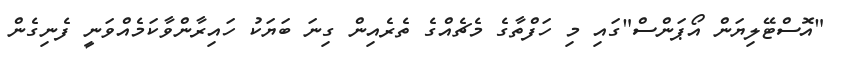
"އޮސްޓޭލިޔަން އޯޕަންސް"ގައި މި ހަފްތާގެ މެޗެއްގެ ތެރެއިން ގިނަ ބަޔަކު ހައިރާންވާކަމެއްވަނީ ފެނިގެން